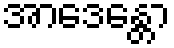
အာဒေန္တော